38_143685_box_Incident_Summaries_101-172
Agency: Department of War
Page 25
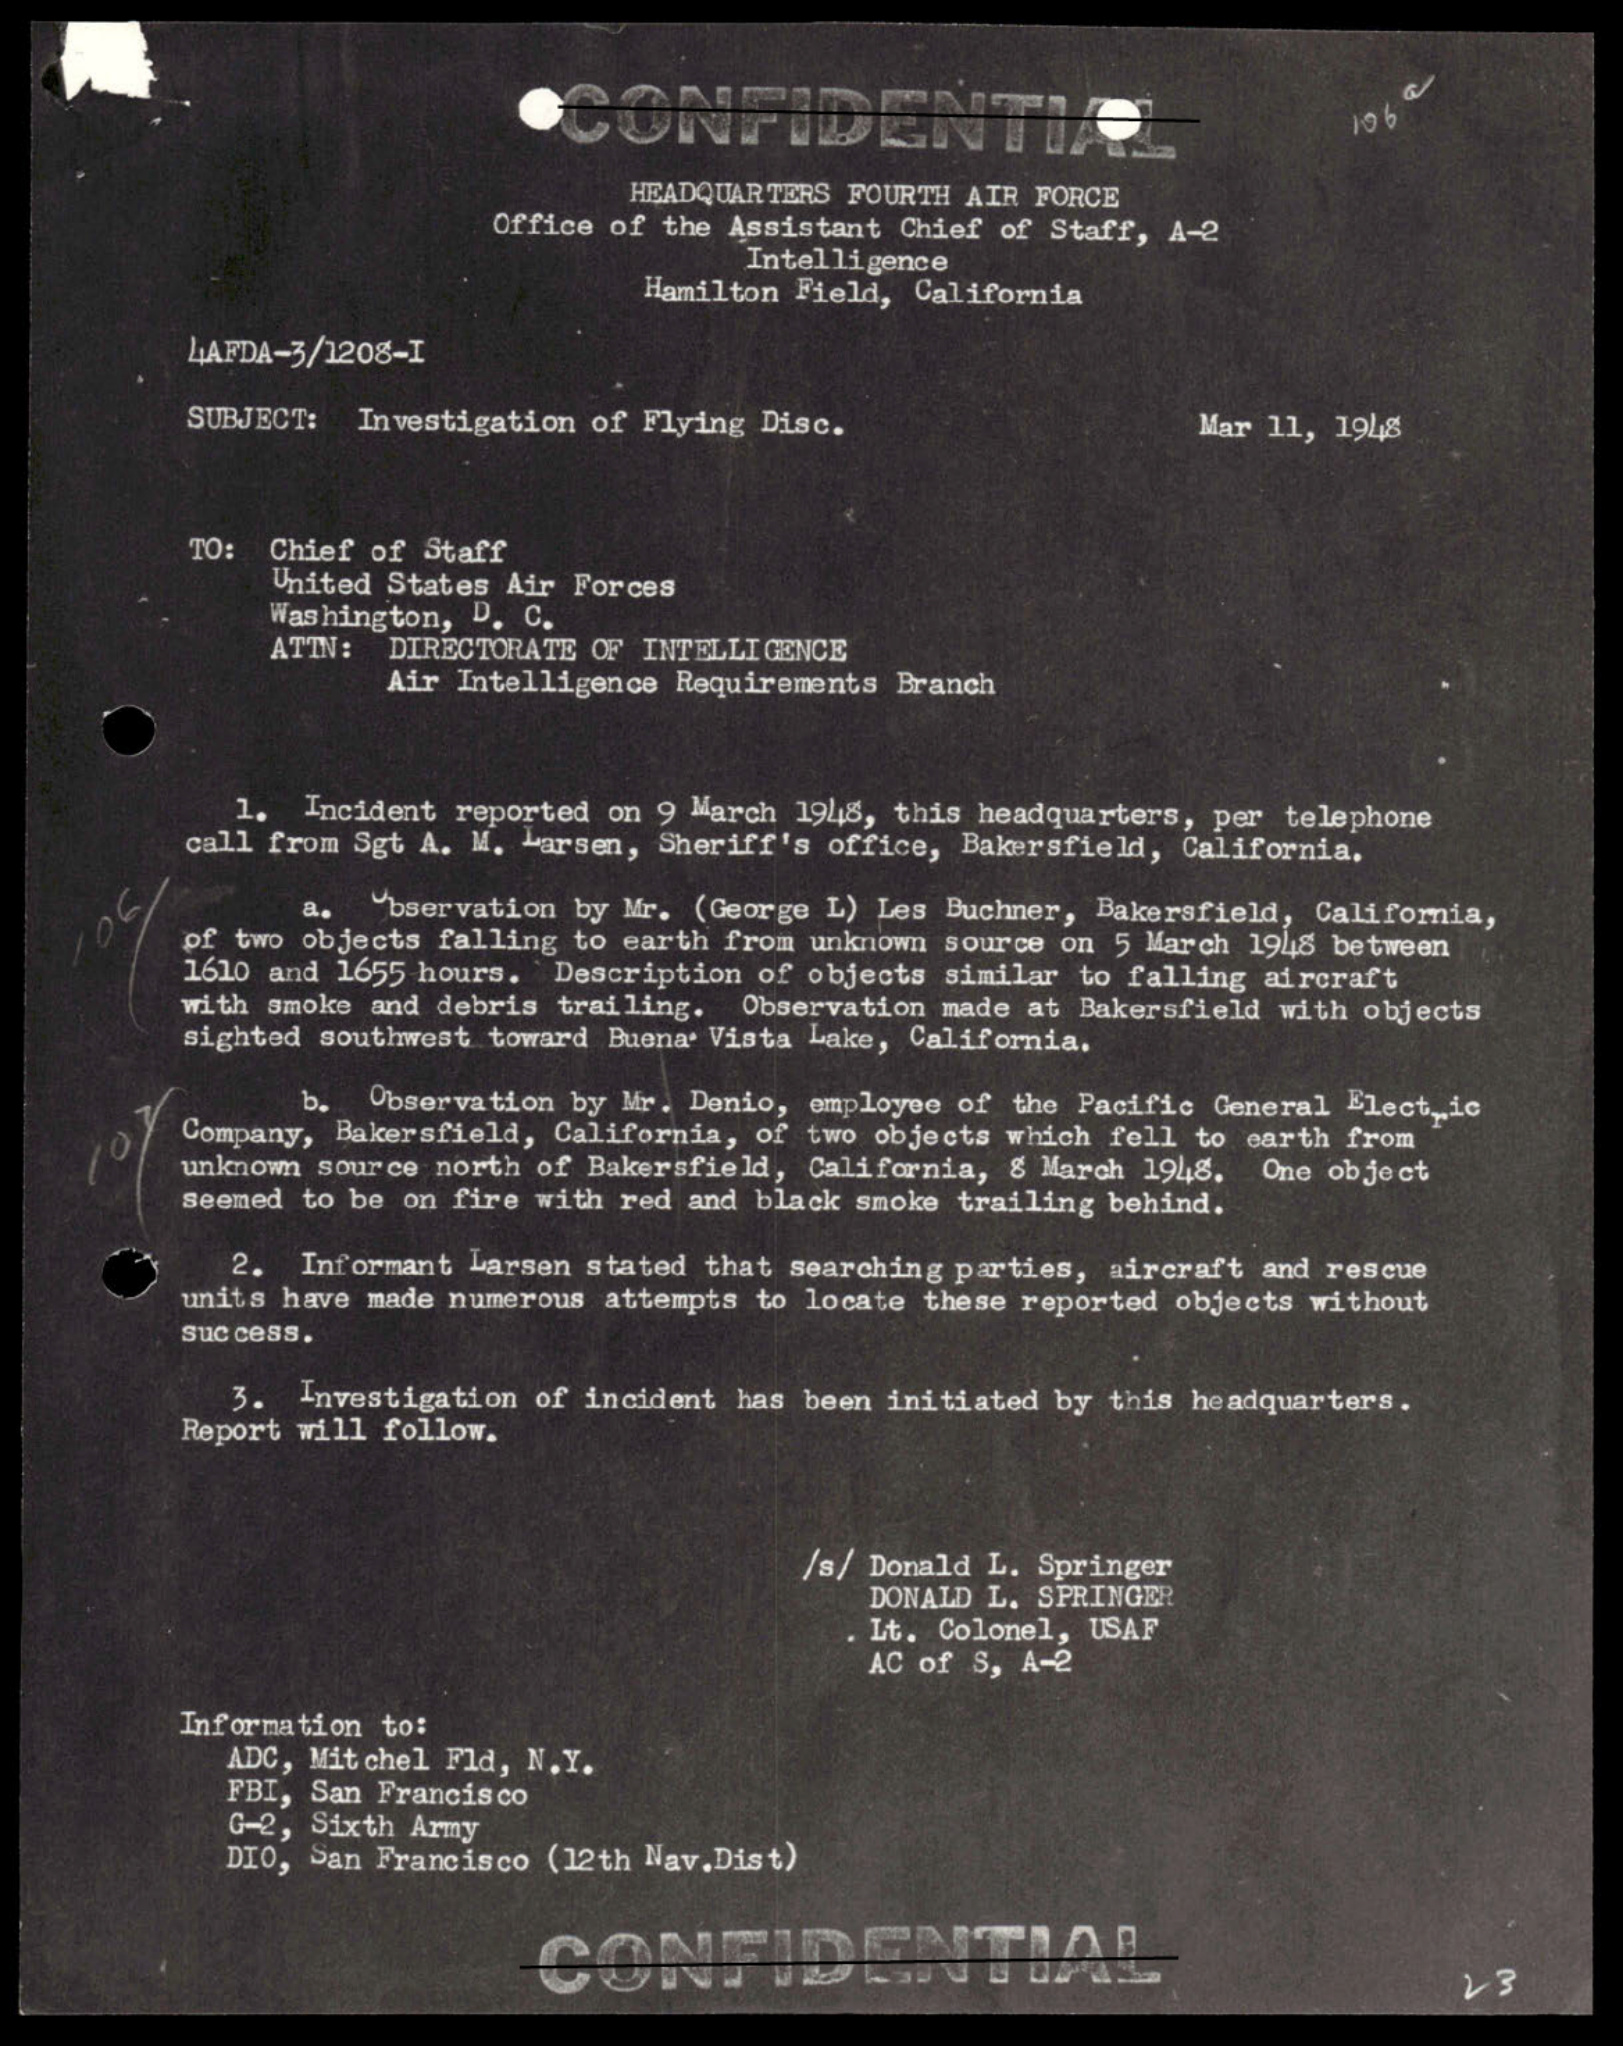